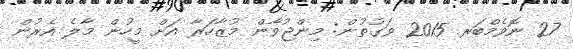
27 ނޮވެމްބަރ 2015 ވަގުތުން: މިންޖުވާން މުޒާހަރާ އަށް މީހުން މާލެ އެރުން